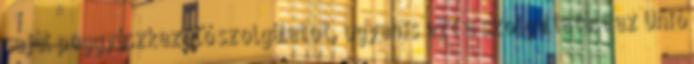
saját poggyászkezelő szolgálatot, ugyanis ezt a szolgáltatást az Unió